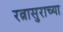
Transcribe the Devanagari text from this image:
रत्नासुराच्या